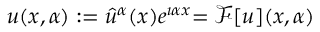
u ( x , \alpha ) : = { \hat { u } } ^ { \alpha } ( x ) e ^ { \i \alpha x } { = \mathcal { F } [ u ] ( x , \alpha ) }